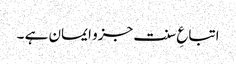
اتباعِ سنت جزو ایمان ہے ۔